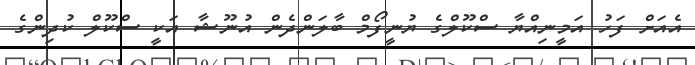
އެއަށް ފަހު އަމީނިއްޔާ ސްކޫލްގެ ޔުނީފޯމް ބާލަންދެން އުނޫޝާ އަކީ ސްކޫލް ކުދިންގެ